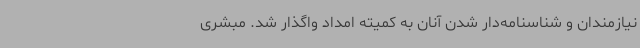
نیازمندان و شناسنامه‌دار شدن آنان به کمیته امداد واگذار شد. مبشری